Madras plague regulations in force outside the Presidency town - Volume 2
Disease focus: Plague
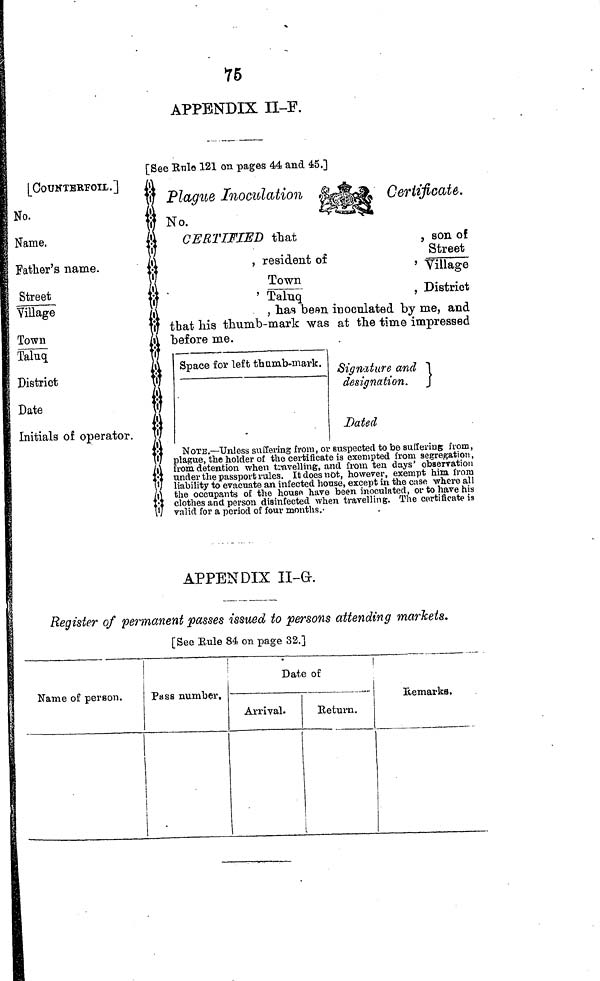
75
APPENDIX II-F.
[See Rule 121 on pages 44 and 45.]
[COUNTERFOIL.]
No.
Name.
Father's name.
Street
Village
Town
Taluq
District
Date
Initials of operator.
Plague Inoculation &
No.
CERTIFIED that
, resident of
Town
Taluq
, has been
that his thumb-mark was
before me.
Certificate.
son of
Street
Village
District
inoculated by me, and
at the time impressed
Space for left thumb-mark. Signature and
designation.
Dated
NOTE,—"unless suffering from, or suspected to be suffering from,
plague, the holder of the certificate is exempted from segregation,
from detention when travelling, and from ten days observation
under the passport rules. It does not, however, exempt him from
liability to evacuate an infected house, except in the case where all
the occupants of the house, have been inoculated, or to have his
clothes and person disinfected when travelling. The certificate is
valid for a period of four months.
APPENDIX II-G.
Register of permanent passes issued to persons attending markets.
[See Rule 84 on page 32.]
Name of person.
Pass number.
Date of
Arrival.
Return.
Remarks.